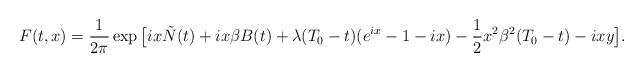
LaTeX: \begin{align*}F(t,x)=\frac{1}{2\pi}\exp\big[ ix\tilde{N}(t)+i x \beta B(t)+\lambda(T_0-t)(e^{ix}-1-ix)-\frac{1}{2}x^2 \beta^2 (T_0-t)-ixy\big].\end{align*}